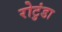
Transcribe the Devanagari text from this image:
रोटुंडा